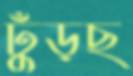
ঢুঁড়ছ